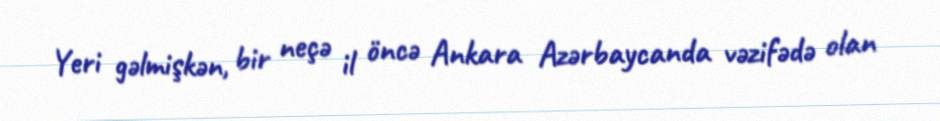
Yeri gəlmişkən, bir neçə il öncə Ankara Azərbaycanda vəzifədə olan